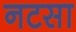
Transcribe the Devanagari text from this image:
नटसा